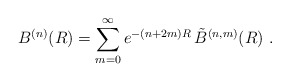
\begin{align*}B^{(n)}(R) = \sum_{m=0}^\infty e^{- (n + 2m) R} \,\tilde{B}^{(n,m)} (R) \ .\end{align*}